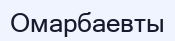
Омарбаевты